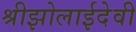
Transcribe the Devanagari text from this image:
श्रीझोलाईदेवी